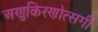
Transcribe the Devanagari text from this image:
अणुकिरणोत्सर्गी